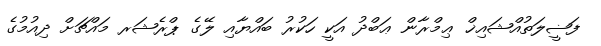
ފަޟީލަތުއްޝައިޚް ޢިމްރާން ޢަބްދު އަކީ ހަކުރު ބައްޔާއި ލޭގެ ޕްރެޝަރ މައްޗަށް ދިއުމުގެ